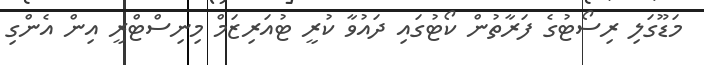
މަޑޫގަލި ރިސޯޓުގެ ފަރާތުން ކޯޓުގައި ދައުވާ ކުރީ ޓުއަރިޒަމް މިނިސްޓްރީ އިން އެންގި